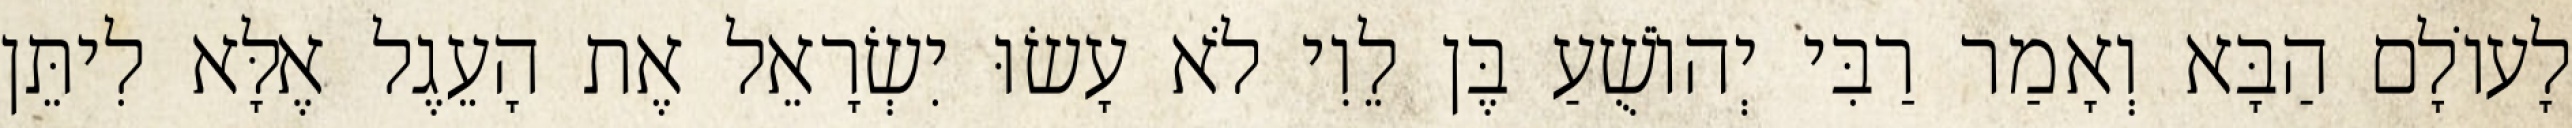
לָעוֹלָם הַבָּא וְאָמַר רַבִּי יְהוֹשֻׁעַ בֶּן לֵוִי לֹא עָשׂוּ יִשְׂרָאֵל אֶת הָעֵגֶל אֶלָּא לִיתֵּן